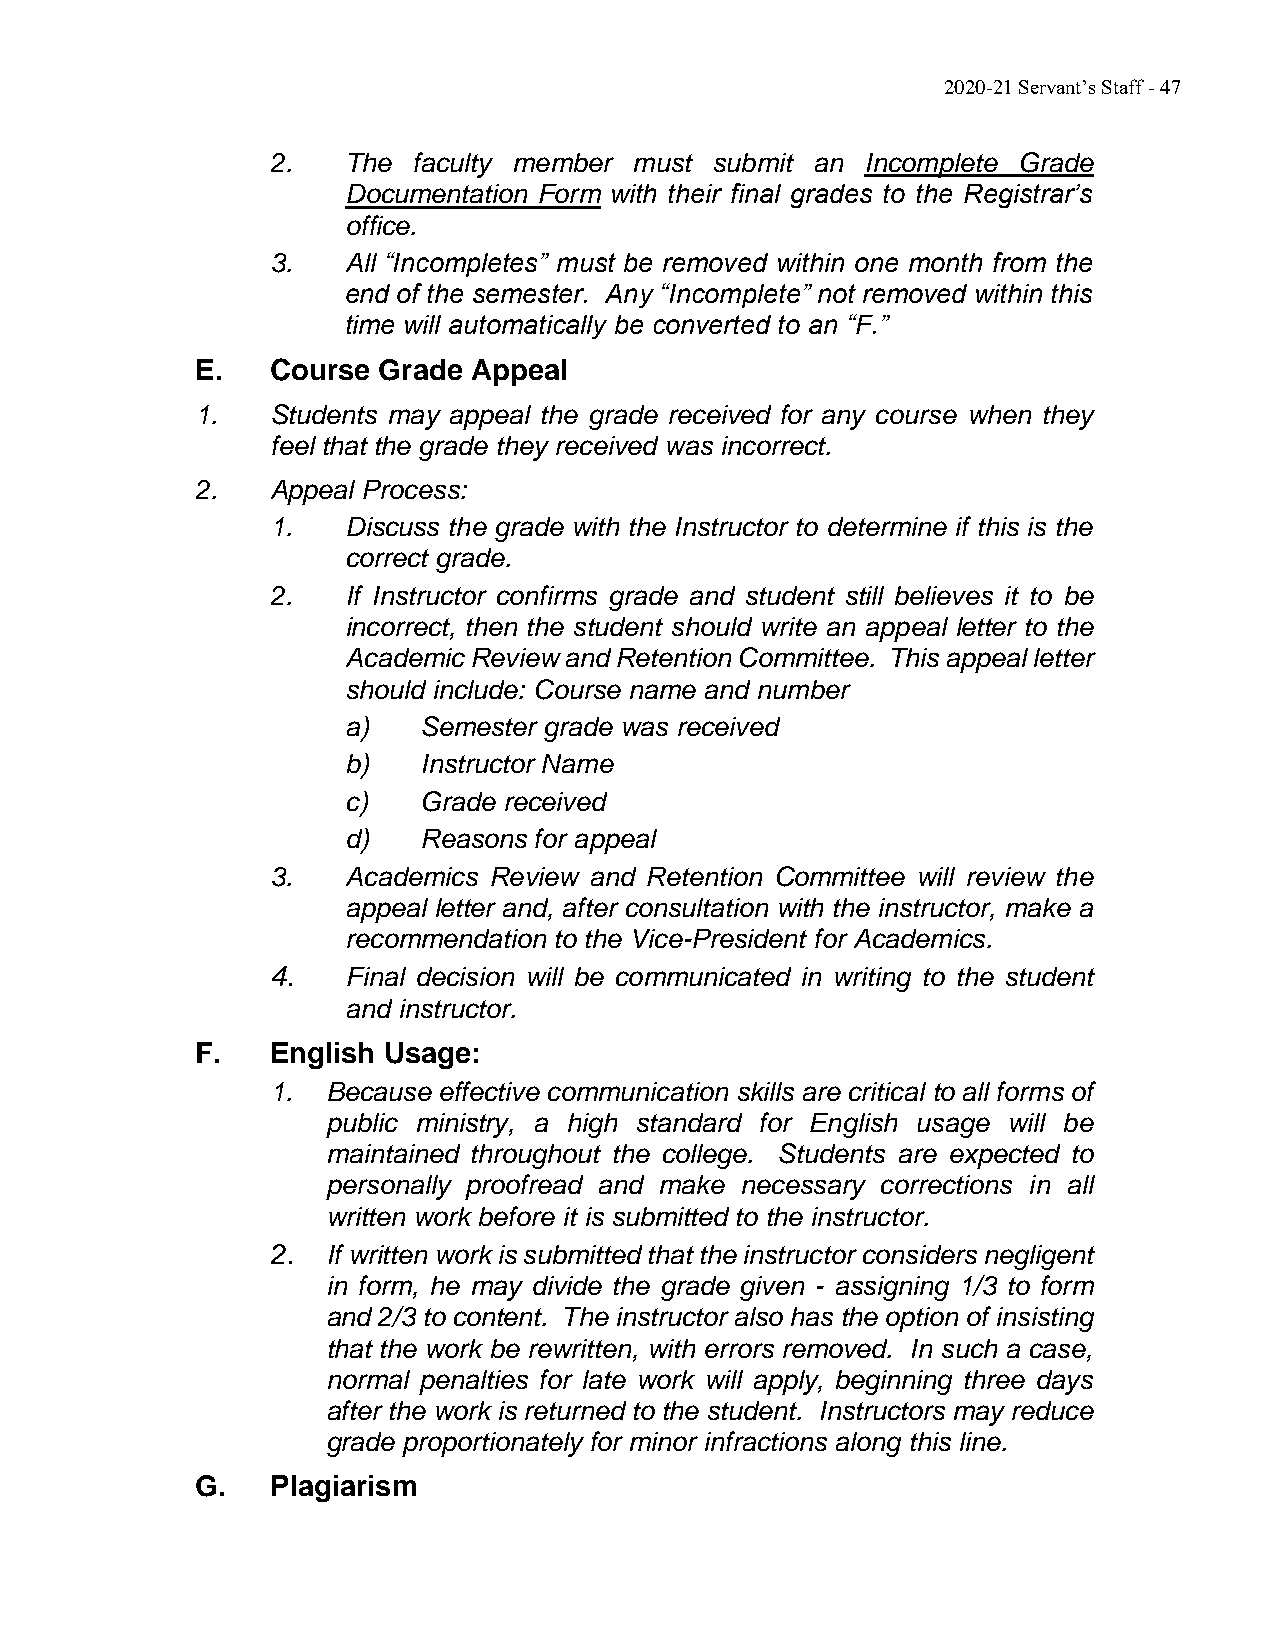
2020-21 Servant’s Staff - 47
 2.   The faculty member must submit an Incomplete Grade
 Documentation Form with their final grades to the Registrar’s
 office.
 3.   All “Incompletes” must be removed within one month from the
 end of the semester. Any “Incomplete” not removed within this
 time will automatically be converted to an “F.”
 E.   Course Grade Appeal
 1.   Students may appeal the grade received for any course when they
 feel that the grade they received was incorrect.
 2.   Appeal Process:
 1.   Discuss the grade with the Instructor to determine if this is the
 correct grade.
 2.   If Instructor confirms grade and student still believes it to be
 incorrect, then the student should write an appeal letter to the
 Academic Review and Retention Committee. This appeal letter
 should include: Course name and number
 a)   Semester grade was received
 b)   Instructor Name
 c)   Grade received
 d)   Reasons for appeal
 3.   Academics Review and Retention Committee will review the
 appeal letter and, after consultation with the instructor, make a
 recommendation to the Vice-President for Academics.
 4.   Final decision will be communicated in writing to the student
 and instructor.
 F.   English Usage:
 1.  Because effective communication skills are critical to all forms of
 public ministry, a high standard for English usage will be
 maintained throughout the college. Students are expected to
 personally proofread and make necessary corrections in all
 written work before it is submitted to the instructor.
 2.  If written work is submitted that the instructor considers negligent
 in form, he may divide the grade given - assigning 1/3 to form
 and 2/3 to content. The instructor also has the option of insisting
 that the work be rewritten, with errors removed. In such a case,
 normal penalties for late work will apply, beginning three days
 after the work is returned to the student. Instructors may reduce
 grade proportionately for minor infractions along this line.
 G.   Plagiarism